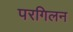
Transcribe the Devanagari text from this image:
परगिलन